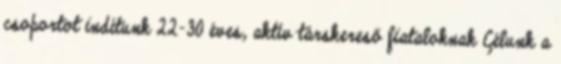
csoportot indítunk 22-30 éves, aktív társkereső fiataloknak Célunk a